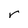
Character: r